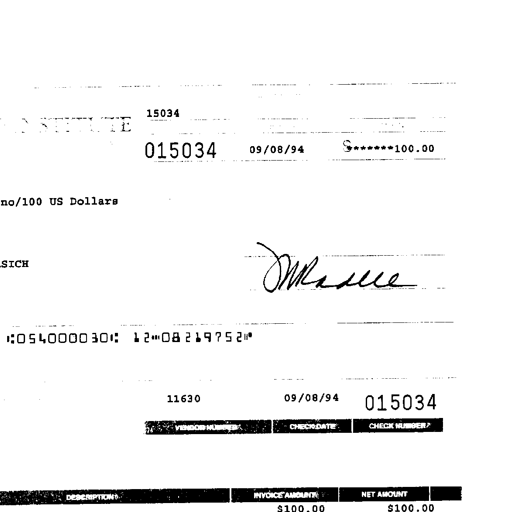
15034
015034 09/08/94 $*******100.00
no/100 US Dollars
SICH JMKrause
1:0540000301: 12"0821975211"
11630 09/08/94 015034
VENDOR NUMBER CHECK DATE CHECK NUMBER
DESCRIPTION INVOICE AMOUNT NET AMOUNT
$100.00 $100.00